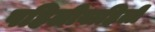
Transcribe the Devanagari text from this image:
पहिलीवाहिली